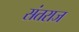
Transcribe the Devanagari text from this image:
संतराज